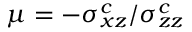
\mu = - \sigma _ { x z } ^ { c } / \sigma _ { z z } ^ { c }